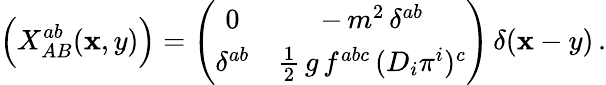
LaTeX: \Bigl(X_{AB}^{ab}(\mathbf{x},y)\Bigr)=\left(\begin{array}{cc}{{0}}&{{-\, m^{2}\, \delta^{ab}}}\\ {{\delta^{ab}}}&{{\frac{1}{2}\, g\, f^{abc}\, (D_{i}\pi^{i})^{c}}}\end{array}\right)\, \delta(\mathbf{x}-y)\, .